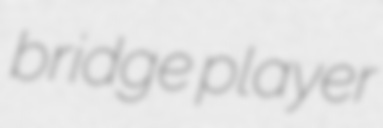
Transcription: bridge player